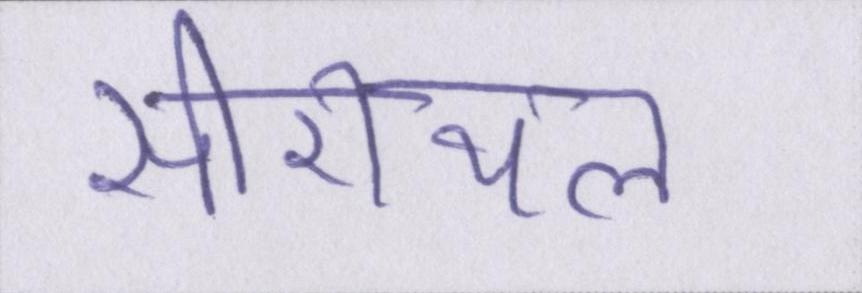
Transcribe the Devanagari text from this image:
सीरीयल